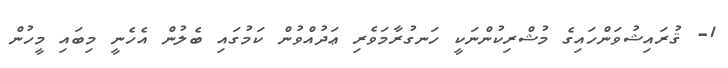
1- ޤުރައިޝުވަންހައިގެ މުޝްރިކުންނަކީ ހަނގުރާމަވެރި ޢަދުއްވުން ކަމުގައި ބެލުން އެހެނީ މިބައި މީހުން